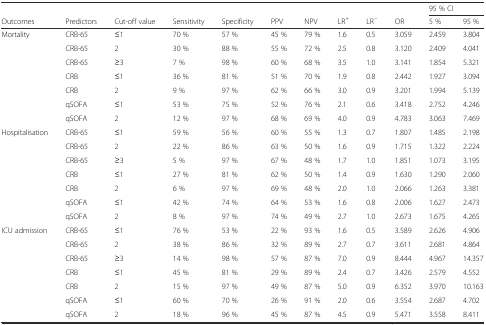
<table><thead><tr><td></td><td></td><td></td><td></td><td></td><td></td><td></td><td></td><td></td><td></td><td colspan="2"><b>95 % CI</b></td></tr><tr><td><b>Outcomes</b></td><td><b>Predictors</b></td><td><b>Cut-off value</b></td><td><b>Sensitivity</b></td><td><b>Specificity</b></td><td><b>PPV</b></td><td><b>NPV</b></td><td><b>LR<sup>+</sup></b></td><td><b>LR<sup>−</sup></b></td><td><b>OR</b></td><td><b>5 %</b></td><td><b>95 %</b></td></tr></thead><tbody><tr><td>Mortality</td><td>CRB-65</td><td>≤1</td><td>70 %</td><td>57 %</td><td>45 %</td><td>79 %</td><td>1.6</td><td>0.5</td><td>3.059</td><td>2.459</td><td>3.804</td></tr><tr><td></td><td>CRB-65</td><td>2</td><td>30 %</td><td>88 %</td><td>55 %</td><td>72 %</td><td>2.5</td><td>0.8</td><td>3.120</td><td>2.409</td><td>4.041</td></tr><tr><td></td><td>CRB-65</td><td>≥3</td><td>7 %</td><td>98 %</td><td>60 %</td><td>68 %</td><td>3.5</td><td>1.0</td><td>3.141</td><td>1.854</td><td>5.321</td></tr><tr><td></td><td>CRB</td><td>≤1</td><td>36 %</td><td>81 %</td><td>51 %</td><td>70 %</td><td>1.9</td><td>0.8</td><td>2.442</td><td>1.927</td><td>3.094</td></tr><tr><td></td><td>CRB</td><td>2</td><td>9 %</td><td>97 %</td><td>62 %</td><td>66 %</td><td>3.0</td><td>0.9</td><td>3.201</td><td>1.994</td><td>5.139</td></tr><tr><td></td><td>qSOFA</td><td>≤1</td><td>53 %</td><td>75 %</td><td>52 %</td><td>76 %</td><td>2.1</td><td>0.6</td><td>3.418</td><td>2.752</td><td>4.246</td></tr><tr><td></td><td>qSOFA</td><td>2</td><td>12 %</td><td>97 %</td><td>68 %</td><td>69 %</td><td>4.0</td><td>0.9</td><td>4.783</td><td>3.063</td><td>7.469</td></tr><tr><td>Hospitalisation</td><td>CRB-65</td><td>≤1</td><td>59 %</td><td>56 %</td><td>60 %</td><td>55 %</td><td>1.3</td><td>0.7</td><td>1.807</td><td>1.485</td><td>2.198</td></tr><tr><td></td><td>CRB-65</td><td>2</td><td>22 %</td><td>86 %</td><td>63 %</td><td>50 %</td><td>1.6</td><td>0.9</td><td>1.715</td><td>1.322</td><td>2.224</td></tr><tr><td></td><td>CRB-65</td><td>≥3</td><td>5 %</td><td>97 %</td><td>67 %</td><td>48 %</td><td>1.7</td><td>1.0</td><td>1.851</td><td>1.073</td><td>3.195</td></tr><tr><td></td><td>CRB</td><td>≤1</td><td>27 %</td><td>81 %</td><td>62 %</td><td>50 %</td><td>1.4</td><td>0.9</td><td>1.630</td><td>1.290</td><td>2.060</td></tr><tr><td></td><td>CRB</td><td>2</td><td>6 %</td><td>97 %</td><td>69 %</td><td>48 %</td><td>2.0</td><td>1.0</td><td>2.066</td><td>1.263</td><td>3.381</td></tr><tr><td></td><td>qSOFA</td><td>≤1</td><td>42 %</td><td>74 %</td><td>64 %</td><td>53 %</td><td>1.6</td><td>0.8</td><td>2.006</td><td>1.627</td><td>2.473</td></tr><tr><td></td><td>qSOFA</td><td>2</td><td>8 %</td><td>97 %</td><td>74 %</td><td>49 %</td><td>2.7</td><td>1.0</td><td>2.673</td><td>1.675</td><td>4.265</td></tr><tr><td>ICU admission</td><td>CRB-65</td><td>≤1</td><td>76 %</td><td>53 %</td><td>22 %</td><td>93 %</td><td>1.6</td><td>0.5</td><td>3.589</td><td>2.626</td><td>4.906</td></tr><tr><td></td><td>CRB-65</td><td>2</td><td>38 %</td><td>86 %</td><td>32 %</td><td>89 %</td><td>2.7</td><td>0.7</td><td>3.611</td><td>2.681</td><td>4.864</td></tr><tr><td></td><td>CRB-65</td><td>≥3</td><td>14 %</td><td>98 %</td><td>57 %</td><td>87 %</td><td>7.0</td><td>0.9</td><td>8.444</td><td>4.967</td><td>14.357</td></tr><tr><td></td><td>CRB</td><td>≤1</td><td>45 %</td><td>81 %</td><td>29 %</td><td>89 %</td><td>2.4</td><td>0.7</td><td>3.426</td><td>2.579</td><td>4.552</td></tr><tr><td></td><td>CRB</td><td>2</td><td>15 %</td><td>97 %</td><td>49 %</td><td>87 %</td><td>5.0</td><td>0.9</td><td>6.352</td><td>3.970</td><td>10.163</td></tr><tr><td></td><td>qSOFA</td><td>≤1</td><td>60 %</td><td>70 %</td><td>26 %</td><td>91 %</td><td>2.0</td><td>0.6</td><td>3.554</td><td>2.687</td><td>4.702</td></tr><tr><td></td><td>qSOFA</td><td>2</td><td>18 %</td><td>96 %</td><td>45 %</td><td>87 %</td><td>4.5</td><td>0.9</td><td>5.471</td><td>3.558</td><td>8.411</td></tr></tbody></table>